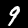
Label: 9